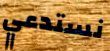
نستدعي